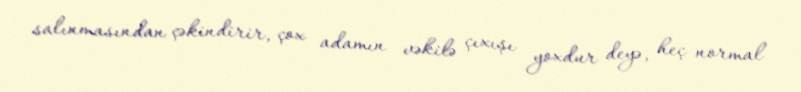
salınmasından çəkindirir, çox adamın vəkilə çıxışı yoxdur deyə, heç normal